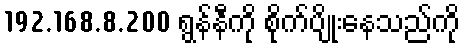
192.168.8.200 ရွန်နီကို စိုက်ပျိုးနေသည်ကို